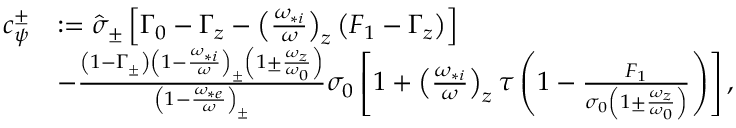
\begin{array} { r l } { c _ { \psi } ^ { \pm } } & { : = \hat { \sigma } _ { \pm } \left[ \Gamma _ { 0 } - \Gamma _ { z } - \left( \frac { \omega _ { * i } } { \omega } \right) _ { z } \left( F _ { 1 } - \Gamma _ { z } \right) \right] } \\ & { - \frac { \left( 1 - \Gamma _ { \pm } \right) \left( 1 - \frac { \omega _ { * i } } { \omega } \right) _ { \pm } \left( 1 \pm \frac { \omega _ { z } } { \omega _ { 0 } } \right) } { \left( 1 - \frac { \omega _ { * e } } { \omega } \right) _ { \pm } } \sigma _ { 0 } \left[ 1 + \left( \frac { \omega _ { * i } } { \omega } \right) _ { z } \tau \left( 1 - \frac { F _ { 1 } } { \sigma _ { 0 } \left( 1 \pm \frac { \omega _ { z } } { \omega _ { 0 } } \right) } \right) \right] , } \end{array}